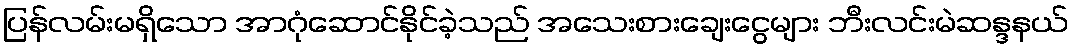
ပြန်လမ်းမရှိသော အာဂုံဆောင်နိုင်ခဲ့သည် အသေးစားချေးငွေများ ဘီးလင်းမဲဆန္ဒနယ်